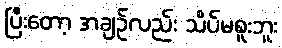
ပြီးတော့ အချဉ်လည်း သိပ်မစူးဘူး